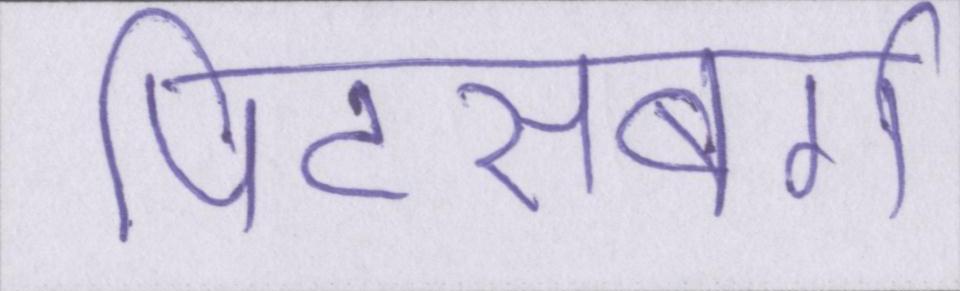
पिट्सबर्ग